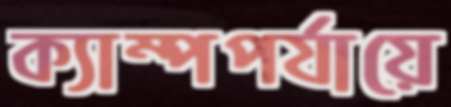
ক্যাম্পপর্যায়ে